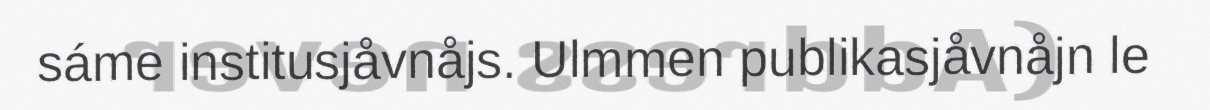
sáme institusjåvnåjs. Ulmmen publikasjåvnåjn le